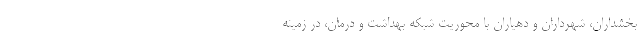
بخشداران، شهرداران و دهیاران با محوریت شبکه بهداشت و درمان، در زمینه